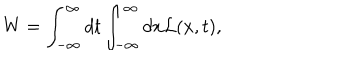
LaTeX: \mathrm { W } = \int _ { - \infty } ^ { \infty } d t \int _ { - \infty } ^ { \infty } d x { \cal L } ( x , t ) ,